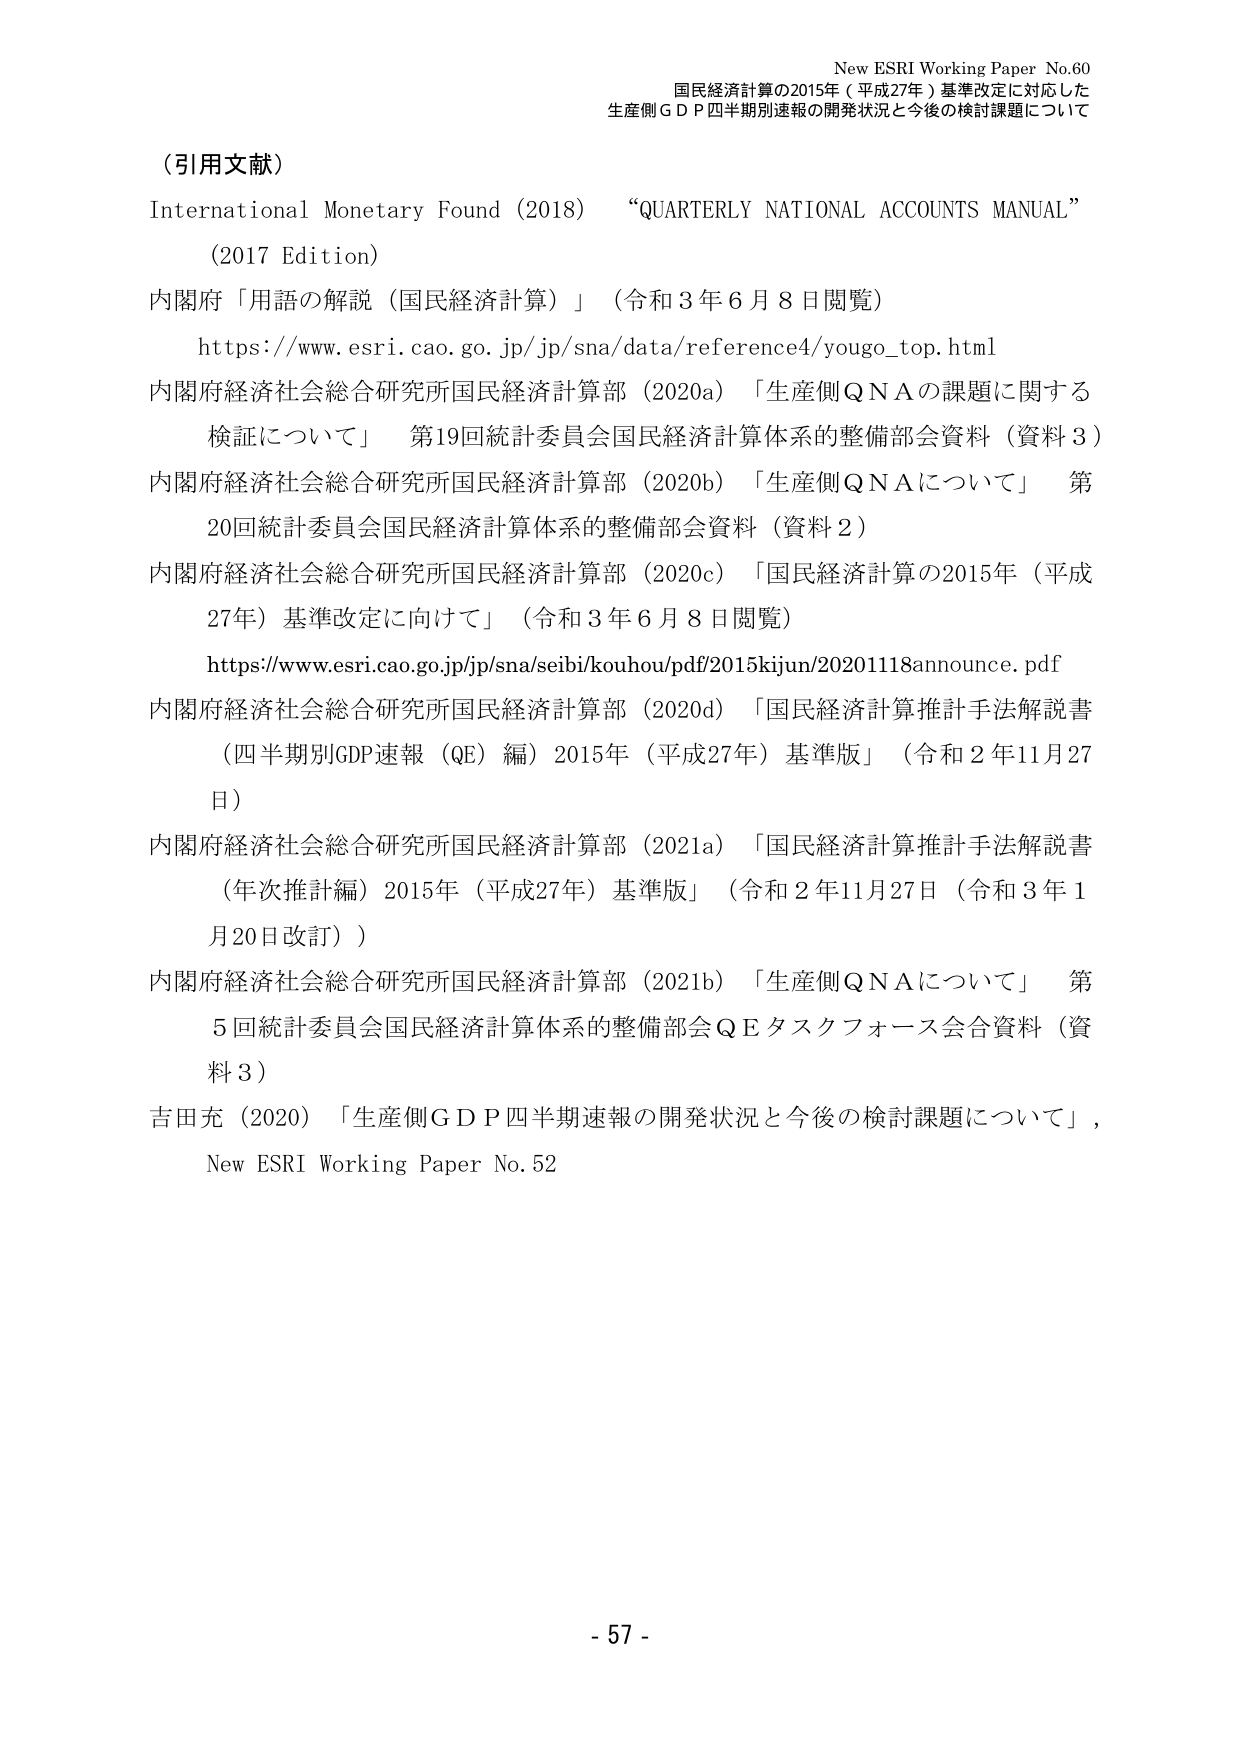
New ESRI Working Paper No.60
国民経済計算の2015年（平成27年）基準改定に対応した
生産側ＧＤＰ四半期別速報の開発状況と今後の検討課題について

（引用文献）
International Monetary Found (2018) “QUARTERLY NATIONAL ACCOUNTS MANUAL”
(2017 Edition)
内閣府「用語の解説（国民経済計算）」（令和3年6月8日閲覧）
https://www.esri.cao.go.jp/jp/sna/data/reference4/yougo_top.html
内閣府経済社会総合研究所国民経済計算部（2020a）「生産側QNAの課題に関する
検証について」 第19回統計委員会国民経済計算体系の整備部会資料（資料3）
内閣府経済社会総合研究所国民経済計算部（2020b）「生産側QNAについて」 第
20回統計委員会国民経済計算体系的整備部会資料（資料2）
内閣府経済社会総合研究所国民経済計算部（2020c）「国民経済計算の2015年（平成
27年）基準改定に向けて」（令和3年6月8日閲覧）
https://www.esri.cao.go.jp/jp/sna/seibi/kouhou/pdf/2015kijun/20201118announce.pdf
内閣府経済社会総合研究所国民経済計算部（2020d）「国民経済計算推計手法解説書
（四半期別GDP速報（QE）編）2015年（平成27年）基準版」（令和2年11月27
日）
内閣府経済社会総合研究所国民経済計算部（2021a）「国民経済計算推計手法解説書
（年次推計編）2015年（平成27年）基準版」（令和2年11月27日（令和3年1
月20日改訂））
内閣府経済社会総合研究所国民経済計算部（2021b）「生産側QNAについて」 第
5回統計委員会国民経済計算体系的整備部会QEタスクフォース会合資料（資
料3）
吉田充（2020）「生産側GDP四半期速報の開発状況と今後の検討課題について」，
New ESRI Working Paper No.52

- 57 -